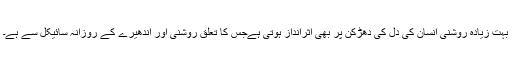
بہت زیادہ روشنی انسان کی دل کی دھڑکن پر بھی اثرانداز ہوتی ہےجس کا تعلق روشنی اور اندھیرے کے روزانہ سائیکل سے ہے۔